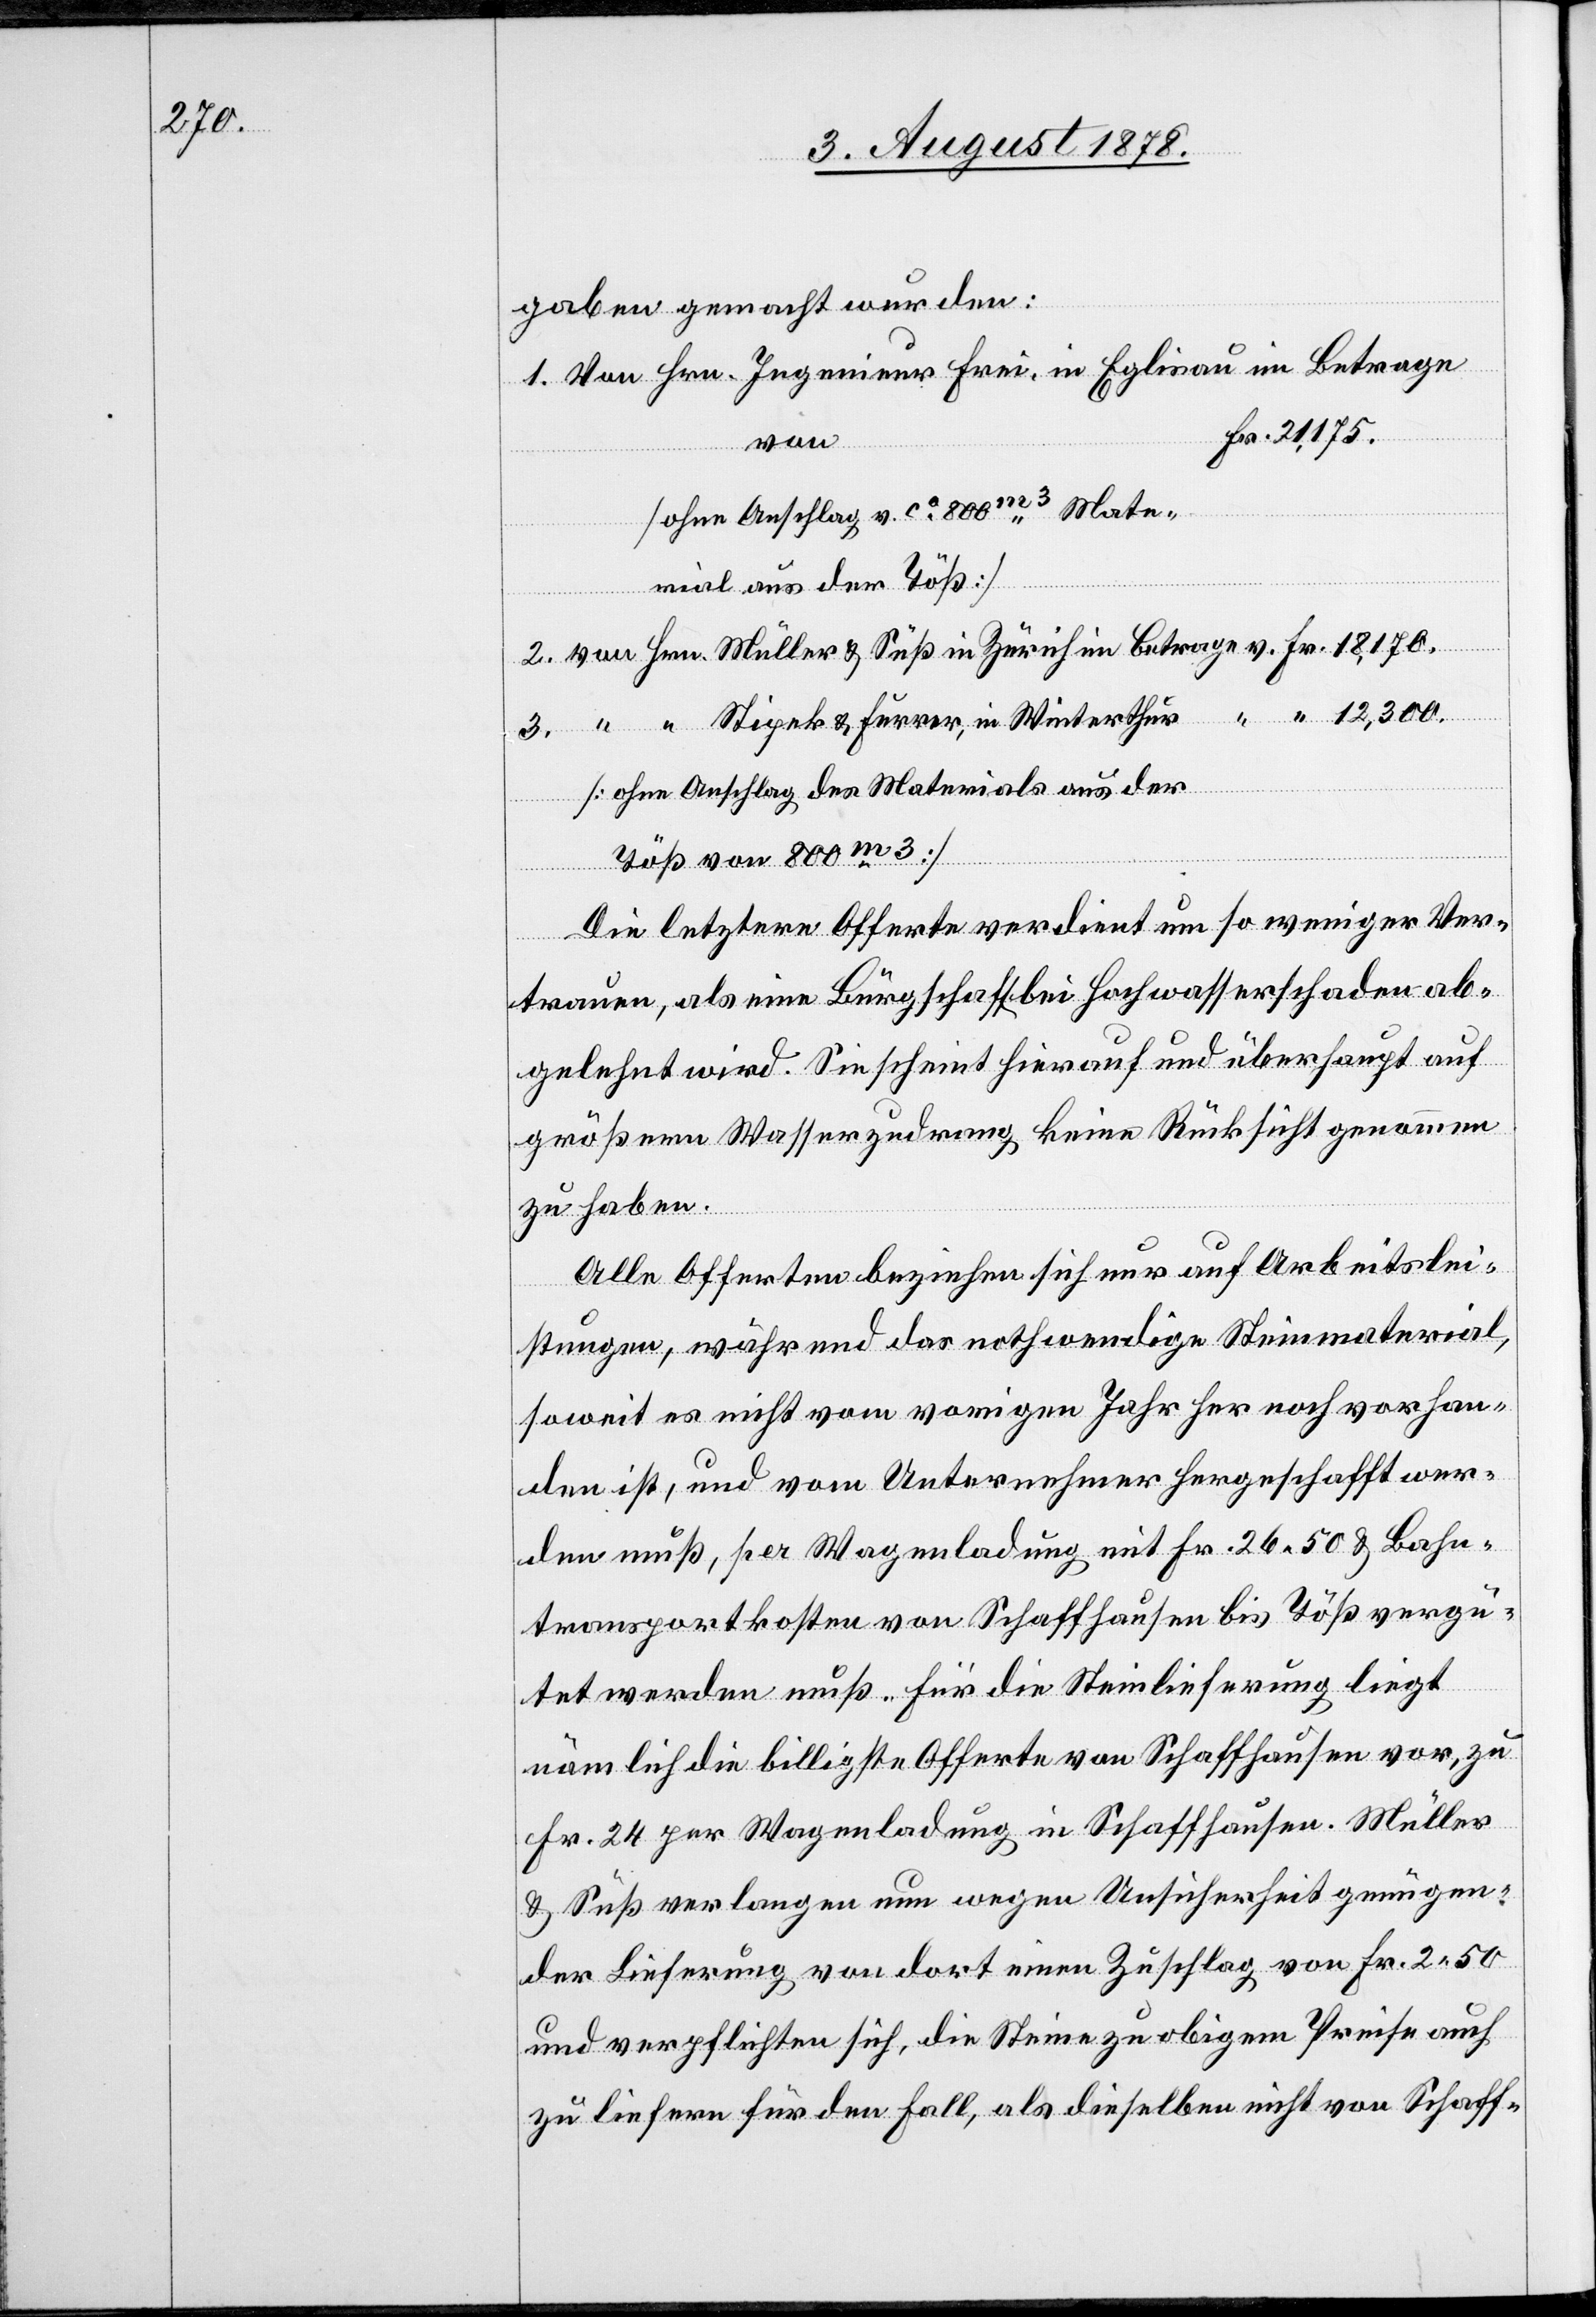
gaben gemacht wurden:
1. Von Hrn. Ingenieur Frei, in Eglisau im Betrage
Fr. 21,175.
[ohne Anschlag v. ca 8000m3 Mate¬
rial aus der Töß]
2. von Hrn. Müller & Süß in Zürich im Betrage v. Fr. 18,170.
“ “ 12,300.
3. “ “ Stipek & Furrer, in Winterthur
[ohne Anschlag des Materials aus der
Töß von 800m3]
Die letztere Offerte verdient um so weniger Ver¬
trauen, als eine Bürgschaft bei Hochwasserschaden ab¬
gelehnt wird. Sie scheint hierauf und überhaupt auf
größern Wasserzudrang keine Rücksicht genommen
zu haben.
Alle Offerten beziehen sich nur auf Arbeitslei¬
stungen, während das nothwendige Steinmaterial,
soweit es nicht vom vorigen Jahr her noch vorhan¬
den ist, und vom Unternehmer hergeschafft wer¬
den muß, per Wagenladung mit Fr. 26 50 & Bahn¬
transportkosten von Schaffhausen bis Töß vergü¬
tet werden muß. Für die Steinlieferung liegt
nämlich die billigste Offerte von Schaffhausen vor, zu
Fr. 24 per Wagenladung in Schaffhausen. Müller
& Süß verlangen nun wegen Unsicherheit genügen¬
der Lieferung von dort einen Zuschlag von Fr. 2 50
und verpflichten sich, die Steine zu obigem Preise auch
zu liefern für den Fall, als dieselben nicht von Schaff-